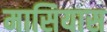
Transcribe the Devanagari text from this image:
मासियास